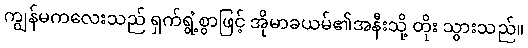
ကျွန်မကလေးသည် ရှက်ရွံ့စွာဖြင့် အိုမာခယမ်၏အနီးသို့ တိုး သွားသည်။